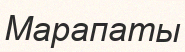
Марапаты